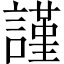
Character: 謹